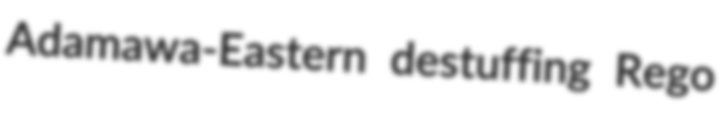
Adamawa-Eastern destuffing Rego